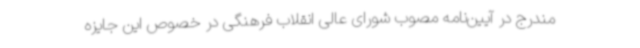
مندرج در آیین‌نامه مصوب شورای عالی انقلاب فرهنگی در خصوص این جایزه